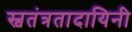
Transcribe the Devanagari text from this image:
स्वतंत्रतादायिनी